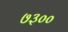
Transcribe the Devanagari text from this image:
७३००